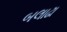
બલાઢા